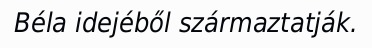
Béla idejéből származtatják.